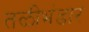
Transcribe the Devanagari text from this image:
तळीभंडार